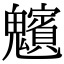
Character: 𩴸